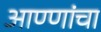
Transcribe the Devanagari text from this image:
आण्णांचा